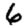
Digit: 6